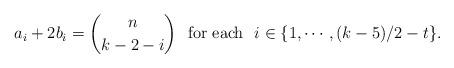
LaTeX: \begin{align*}a_i+2b_i = \binom{n}{k-2-i} \mbox {~~for each ~} i\in\{1, \cdots, (k-5)/2-t\}.\end{align*}